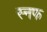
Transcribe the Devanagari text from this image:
स्नफ